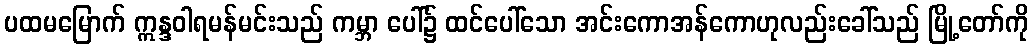
ပထမမြောက် ဣန္ဒဝါရမန်မင်းသည် ကမ္ဘာ ပေါ်၌ ထင်ပေါ်သော အင်းကောအန်ကောဟုလည်းခေါ်သည် မြို့တော်ကို